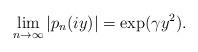
LaTeX: \begin{align*}\lim_{n\to \infty} |p_n(iy)| = \exp(\gamma y^2).\end{align*}